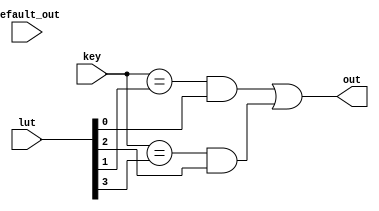
module MuxKeyInternal #(
  parameter NR_KEY = 2, 
  parameter KEY_LEN = 1, 
  parameter DATA_LEN = 1, 
  parameter HAS_DEFAULT = 0
  ) 
/*
NR_KEYcase
KEY_LEN
DATA_LEN
*/
(
  output reg [DATA_LEN-1:0] out,
  input [KEY_LEN-1:0] key,
  input [DATA_LEN-1:0] default_out,
  input [NR_KEY*(KEY_LEN + DATA_LEN)-1:0] lut
);
// lut
/*
    
        {
            2'b00, a[0],
            2'b01, a[1],
            2'b10, a[2],
            2'b11, a[3]
        }
*/

  //
  localparam PAIR_LEN = KEY_LEN + DATA_LEN;
  wire [PAIR_LEN-1:0] pair_list [NR_KEY-1:0];
  wire [KEY_LEN-1:0] key_list [NR_KEY-1:0];
  wire [DATA_LEN-1:0] data_list [NR_KEY-1:0];

  // pair_listkey_listdata_list
  genvar n;
  generate
    for (n = 0; n < NR_KEY; n = n + 1) begin
      assign pair_list[n] = lut[PAIR_LEN*(n+1)-1 : PAIR_LEN*n];
      assign data_list[n] = pair_list[n][DATA_LEN-1:0];
      assign key_list[n]  = pair_list[n][PAIR_LEN-1:DATA_LEN];
    end
  endgenerate

  reg [DATA_LEN-1 : 0] lut_out;
  reg hit;
  integer i;
  always @(*) begin
    lut_out = 0;
    hit = 0;
    for (i = 0; i < NR_KEY; i = i + 1) begin
      // key == key_list[i]
      // {DATA_LEN{key == key_list[i]}} & data_list[i]data_list[i]
      // DATA_LEN{0}
      lut_out = lut_out | ({DATA_LEN{key == key_list[i]}} & data_list[i]);
      hit = hit | (key == key_list[i]);
    end
    if (!HAS_DEFAULT) out = lut_out;
    else out = (hit ? lut_out : default_out);
  end

endmodule

module MuxKey #(
  parameter NR_KEY = 2, 
  parameter KEY_LEN = 1, 
  parameter DATA_LEN = 1) (
  output [DATA_LEN-1:0] out,
  input [KEY_LEN-1:0] key,
  input [NR_KEY*(KEY_LEN + DATA_LEN)-1:0] lut
);
  MuxKeyInternal #(NR_KEY, KEY_LEN, DATA_LEN, 0) i0 (out, key, {DATA_LEN{1'b0}}, lut);
endmodule

module MuxKeyWithDefault #(
  parameter NR_KEY = 2, 
  parameter KEY_LEN = 1, 
  parameter DATA_LEN = 1) (
  output [DATA_LEN-1:0] out,
  input [KEY_LEN-1:0] key,
  input [DATA_LEN-1:0] default_out,
  input [NR_KEY*(KEY_LEN + DATA_LEN)-1:0] lut
);
  MuxKeyInternal #(NR_KEY, KEY_LEN, DATA_LEN, 1) i0 (out, key, default_out, lut);
endmodule